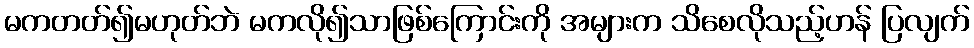
မကတတ်၍မဟုတ်ဘဲ မကလို၍သာဖြစ်ကြောင်းကို အများက သိစေလိုသည့်ဟန် ပြလျက်